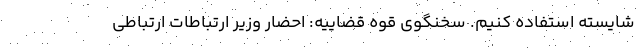
شایسته استفاده کنیم. سخنگوی قوه قضاییه: احضار وزیر ارتباطات ارتباطی